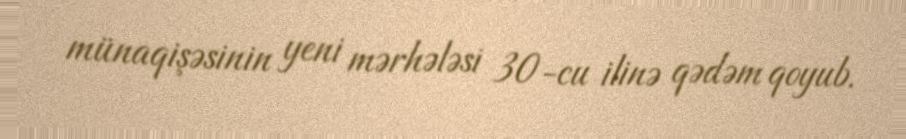
münaqişəsinin yeni mərhələsi 30-cu ilinə qədəm qoyub.